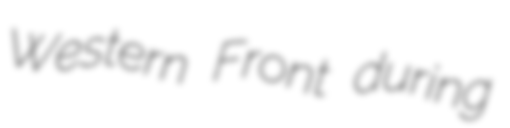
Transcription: Western Front during